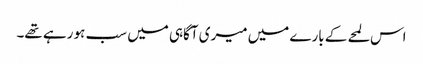
اس لمحے کے بارے میں میری آگاہی میں سب ہو رہے تھے۔